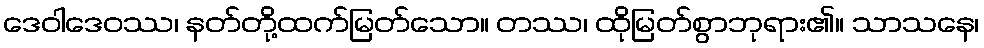
ဒေဝါဒေဝဿ၊ နတ်တို့ထက်မြတ်သော။ တဿ၊ ထိုမြတ်စွာဘုရား၏။ သာသနေ၊